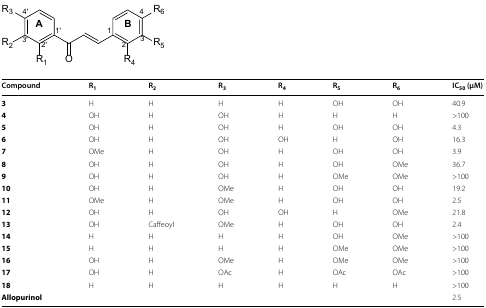
<table><thead><tr><td><b>Compound</b></td><td><b>R<sub>1</sub></b></td><td><b>R<sub>2</sub></b></td><td><b>R<sub>3</sub></b></td><td><b>R<sub>4</sub></b></td><td><b>R<sub>5</sub></b></td><td><b>R<sub>6</sub></b></td><td><b>IC<sub>50</sub> (μM)</b></td></tr></thead><tbody><tr><td><b>3</b></td><td>H</td><td>H</td><td>H</td><td>H</td><td>OH</td><td>OH</td><td>40.9</td></tr><tr><td><b>4</b></td><td>OH</td><td>H</td><td>OH</td><td>H</td><td>H</td><td>H</td><td>&gt;100</td></tr><tr><td><b>5</b></td><td>OH</td><td>H</td><td>OH</td><td>H</td><td>OH</td><td>OH</td><td>4.3</td></tr><tr><td><b>6</b></td><td>OH</td><td>H</td><td>OH</td><td>OH</td><td>H</td><td>OH</td><td>16.3</td></tr><tr><td><b>7</b></td><td>OMe</td><td>H</td><td>OH</td><td>H</td><td>OH</td><td>OH</td><td>3.9</td></tr><tr><td><b>8</b></td><td>OH</td><td>H</td><td>OH</td><td>H</td><td>OH</td><td>OMe</td><td>36.7</td></tr><tr><td><b>9</b></td><td>OH</td><td>H</td><td>OH</td><td>H</td><td>OMe</td><td>OMe</td><td>&gt;100</td></tr><tr><td><b>10</b></td><td>OH</td><td>H</td><td>OMe</td><td>H</td><td>OH</td><td>OH</td><td>19.2</td></tr><tr><td><b>11</b></td><td>OMe</td><td>H</td><td>OMe</td><td>H</td><td>OH</td><td>OH</td><td>2.5</td></tr><tr><td><b>12</b></td><td>OH</td><td>H</td><td>OH</td><td>OH</td><td>H</td><td>OMe</td><td>21.8</td></tr><tr><td><b>13</b></td><td>OH</td><td>Caffeoyl</td><td>OMe</td><td>H</td><td>OH</td><td>OH</td><td>2.4</td></tr><tr><td><b>14</b></td><td>H</td><td>H</td><td>H</td><td>H</td><td>OH</td><td>OMe</td><td>&gt;100</td></tr><tr><td><b>15</b></td><td>H</td><td>H</td><td>H</td><td>H</td><td>OMe</td><td>OMe</td><td>&gt;100</td></tr><tr><td><b>16</b></td><td>OH</td><td>H</td><td>OMe</td><td>H</td><td>OMe</td><td>OMe</td><td>&gt;100</td></tr><tr><td><b>17</b></td><td>OH</td><td>H</td><td>OAc</td><td>H</td><td>OAc</td><td>OAc</td><td>&gt;100</td></tr><tr><td><b>18</b></td><td>H</td><td>H</td><td>H</td><td>H</td><td>H</td><td>H</td><td>&gt;100</td></tr><tr><td><b>Allopurinol</b></td><td colspan="6"></td><td>2.5</td></tr></tbody></table>